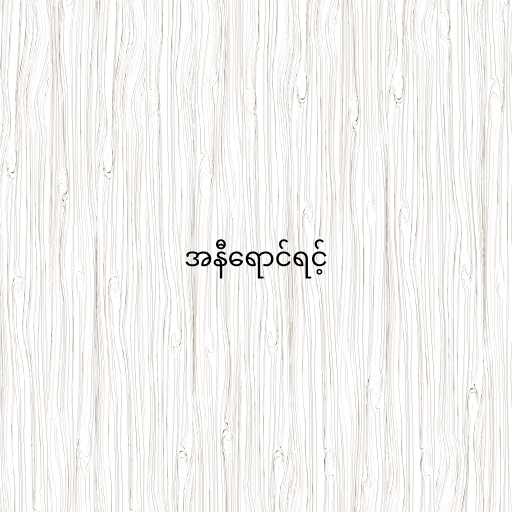
အနီရောင်ရင့်